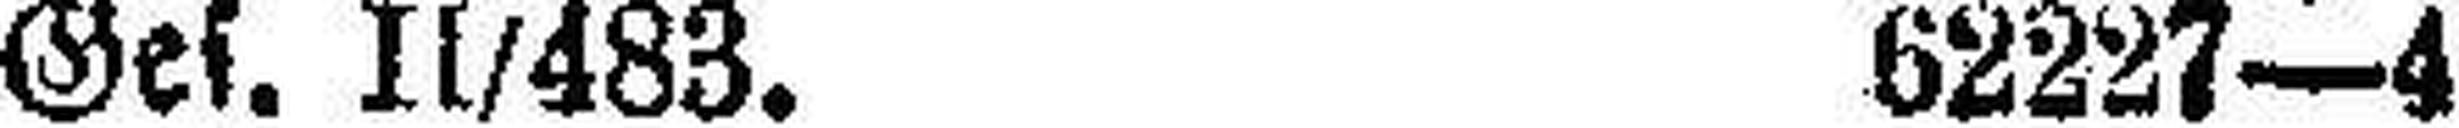
Ges. II/483. 62227—4